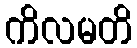
ကိလမတိ